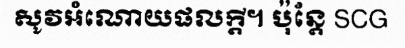
សូវអំណោយផលក្តី។ ប៉ុន្តែ SCG